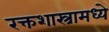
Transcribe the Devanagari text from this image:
रक्तशास्त्रामध्ये